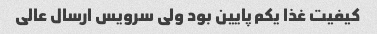
کیفیت غذا یکم پایین بود ولی سرویس ارسال عالی